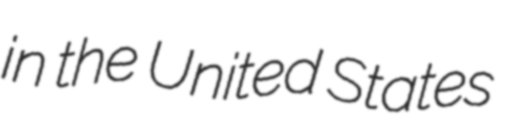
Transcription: in the United States